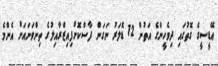
އޭޑީސީގެ ގޮތުގައި ދިވެހީންގެ އަތުން 12 ޑޮލަރު ނަގަން ފާސްކޮށްފިއިޒްރާއިލުގެ ތިންވަނައަށް އެންމެ